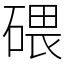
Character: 碨